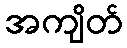
အကျိတ်